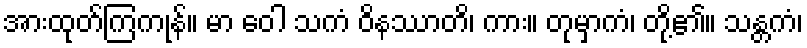
အားထုတ်ကြကုန်။ မာ ဝေါ သကံ ဝိနဿာတိ၊ ကား။ တုမှာကံ၊ တို့၏။ သန္တကံ၊